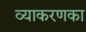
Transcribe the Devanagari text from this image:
व्याकरणका